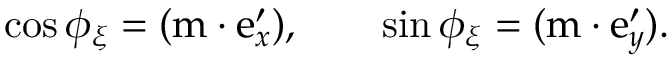
\begin{array} { r } { \cos \phi _ { \xi } = ( \boldsymbol { \mathrm { m } } \cdot \boldsymbol { \mathrm { e } } _ { x } ^ { \prime } ) , \qquad \sin \phi _ { \xi } = ( \boldsymbol { \mathrm { m } } \cdot \boldsymbol { \mathrm { e } } _ { y } ^ { \prime } ) . } \end{array}